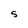
Character: S